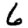
Digit: 6